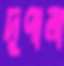
দুপালা